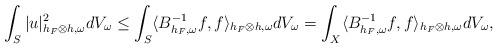
LaTeX: \begin{align*} \int_S|u|^2_{h_F\otimes h,\omega}dV_{\omega}&\leq\int_S\langle B^{-1}_{h_F,\omega}f,f\rangle_{h_F\otimes h,\omega}dV_\omega=\int_X\langle B^{-1}_{h_F,\omega}f,f\rangle_{h_F\otimes h,\omega}dV_\omega, \end{align*}